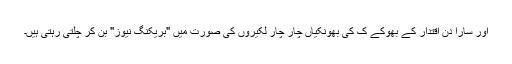
اور سارا دن اقتدار کے بھوکے ک کی بھونکیاں چار چار لکیروں کی صورت میں "بریکنگ نیوز" بن کر چلتی رہتی ہیں۔